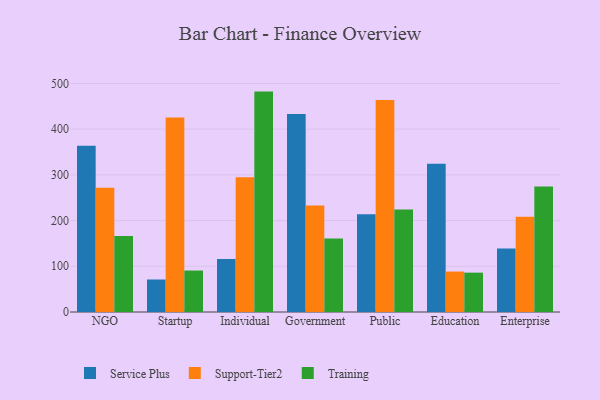
{"axis": {"x": "Segment", "y": "Temperature (°C)"}, "legend": ["Service Plus", "Support-Tier2", "Training"], "data": [{"x": "NGO", "y": 363.5, "type": "Service Plus"}, {"x": "NGO", "y": 271.7, "type": "Support-Tier2"}, {"x": "NGO", "y": 166.2, "type": "Training"}, {"x": "Startup", "y": 71.1, "type": "Service Plus"}, {"x": "Startup", "y": 425.4, "type": "Support-Tier2"}, {"x": "Startup", "y": 90.7, "type": "Training"}, {"x": "Individual", "y": 116.1, "type": "Service Plus"}, {"x": "Individual", "y": 294.9, "type": "Support-Tier2"}, {"x": "Individual", "y": 482.1, "type": "Training"}, {"x": "Government", "y": 432.9, "type": "Service Plus"}, {"x": "Government", "y": 232.8, "type": "Support-Tier2"}, {"x": "Government", "y": 160.9, "type": "Training"}, {"x": "Public", "y": 213.8, "type": "Service Plus"}, {"x": "Public", "y": 463.6, "type": "Support-Tier2"}, {"x": "Public", "y": 224.2, "type": "Training"}, {"x": "Education", "y": 324.1, "type": "Service Plus"}, {"x": "Education", "y": 88.5, "type": "Support-Tier2"}, {"x": "Education", "y": 86.1, "type": "Training"}, {"x": "Enterprise", "y": 138.7, "type": "Service Plus"}, {"x": "Enterprise", "y": 208.1, "type": "Support-Tier2"}, {"x": "Enterprise", "y": 274.7, "type": "Training"}]}